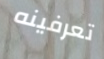
تعرفينه